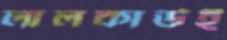
লালকার্ডই